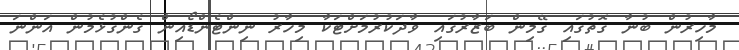
މާހިރުން ބުނާ ގޮތުގައި ގޭމިން ބަޒާރުގައި ވާދަކުރުމަށްޓަކާ މިހާރު ނިންޓެންޑޯއިން ގެންގުޅެމުން އަންނަ